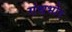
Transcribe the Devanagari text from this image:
गंधभोग